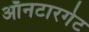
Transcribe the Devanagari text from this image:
ऑनटारगेट